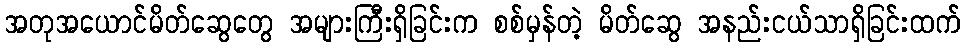
အတုအယောင်မိတ်ဆွေတွေ အများကြီးရှိခြင်းက စစ်မှန်တဲ့ မိတ်ဆွေ အနည်းငယ်သာရှိခြင်းထက်